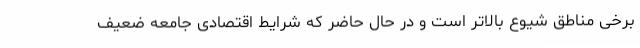
برخی مناطق شیوع بالاتر است و در حال حاضر که شرایط اقتصادی جامعه ضعیف